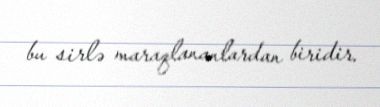
bu sirlə maraqlananlardan biridir.